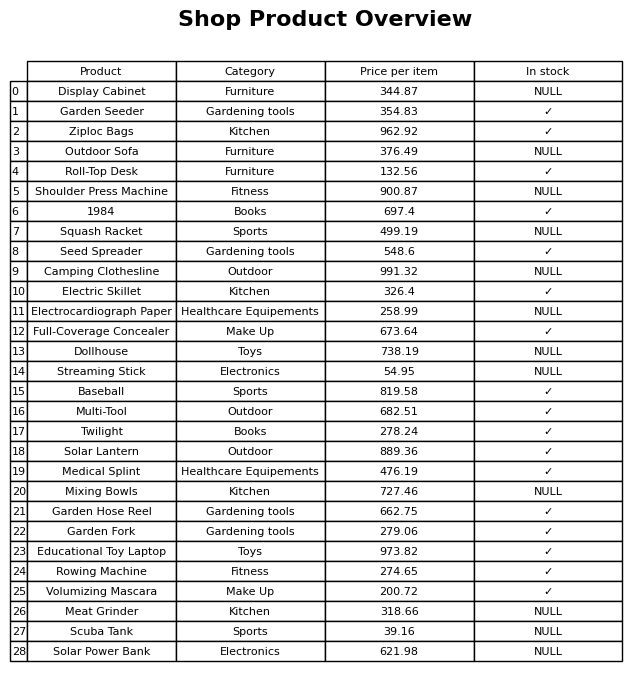
question: What is the price for Camping Clothesline?
answer: The price of Camping Clothesline is 991.32.